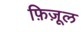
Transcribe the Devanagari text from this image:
फ़िज़ूल